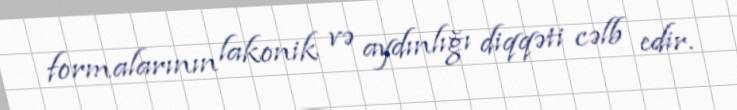
formalarının lakonik və aydınlığı diqqəti cəlb edir.